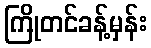
ကြိုတင်ခန့်မှန်း